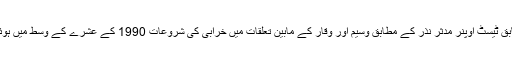
سابق ٹیسٹ اوپنر مدثر نذر کے مطابق وسیم اور وقار کے مابین تعلقات میں خرابی کی شروعات 1990 کے عشرے کے وسط میں ہوئی۔